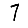
Digit: 7